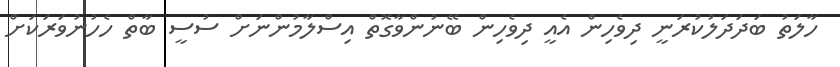
ހާލަތު ބަދަދަލުކުރަނީ ދިވެހިން އެއީ ދިވެހިން ބޭނުންވާގޮތް އިސްލާމުންނަށް ސުސީ ބާތް ހެހުނުވަރަކަށް